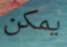
يمكن